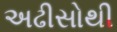
અઢીસોથી